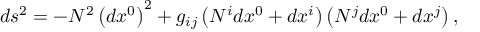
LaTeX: d s _ { { } } ^ { 2 } = - N ^ { 2 } \left( d x ^ { 0 } \right) ^ { 2 } + g _ { i j } \left( N ^ { i } d x ^ { 0 } + d x ^ { i } \right) \left( N ^ { j } d x ^ { 0 } + d x ^ { j } \right) ,